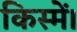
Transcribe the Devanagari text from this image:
किस्में।